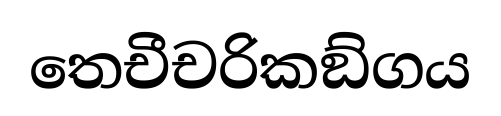
තෙචීචරිකඞ්ගය